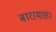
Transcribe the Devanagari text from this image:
बारामाह।